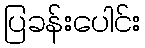
ပြခန်းပေါင်း